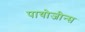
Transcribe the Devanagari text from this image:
पायोजीन्स